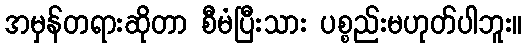
အမှန်တရားဆိုတာ စီမံပြီးသား ပစ္စည်းမဟုတ်ပါဘူး။